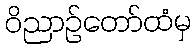
ဝိညာဉ်တော်ထံမှ